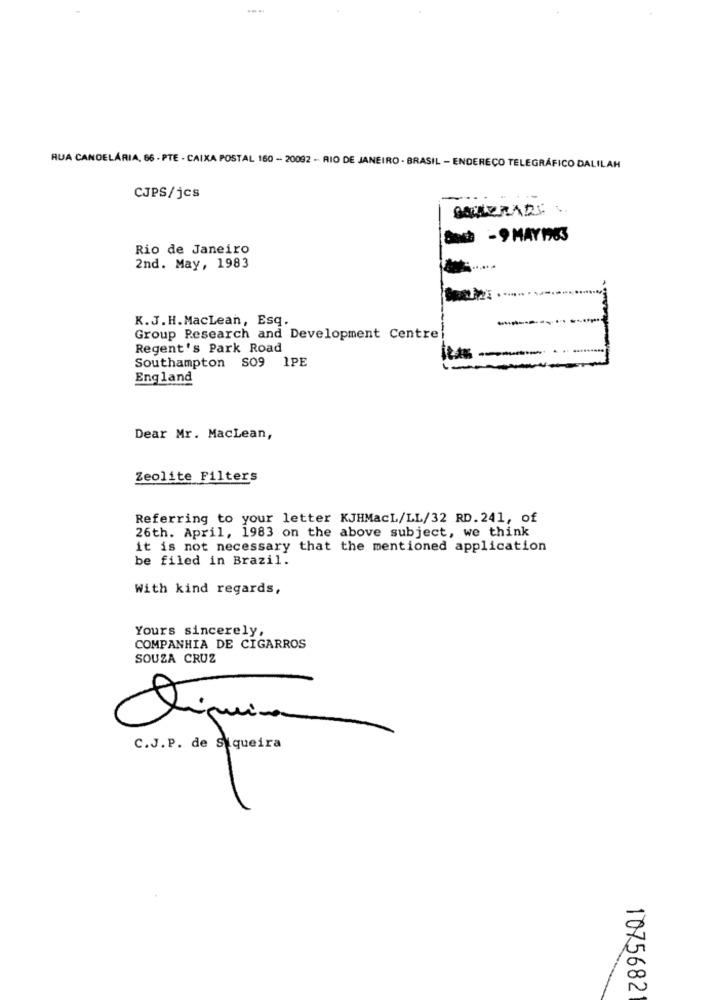
RUA CANDELÁRIA, 66 - PTE - CAIXA POSTAL 150 - 20092 - RIO DE JANEIRO - BRASIL - ENDEREÇO TELEGRÁFICO DALILAH
CJPS/jcs
-
SALLERARE ..
8 -9 MAY16
Rio de Janeiro
2nd. May, 1983
K. J. H. MacLean, Esq.
-
Group Research and Development Centre
Regent's Park Road
Southampton S09 1PE
England
Dear Mr. MacLean,
Zeolite Filters
Referring to your letter KJHMacL/LL/32 RD.241, of
26th. April, 1983 on the above subject, we think
it is not necessary that the mentioned application
be filed in Brazil.
With kind regards,
Yours sincerely,
COMPANHIA DE CIGARROS
SOUZA CRUZ
C.J.P. de Siqueira
1075682